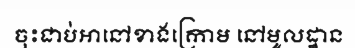
ចុះជាប់អានៅខាងក្រោម នៅមូលដ្ឋាន